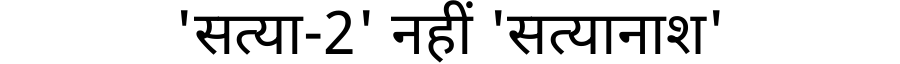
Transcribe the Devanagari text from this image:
'सत्या-2' नहीं 'सत्यानाश'